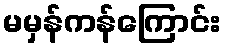
မမှန်ကန်ကြောင်း